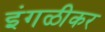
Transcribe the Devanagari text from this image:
इंगळीकर